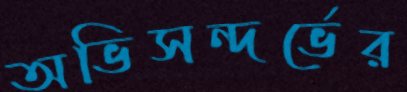
অভিসন্দর্ভের